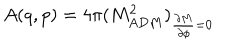
A ( q , p ) = 4 \pi ( M _ { A D M } ^ { 2 } ) _ { { \frac { \partial M } { \partial \phi } } = 0 }